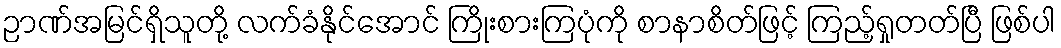
ဉာဏ်အမြင်ရှိသူတို့ လက်ခံနိုင်အောင် ကြိုးစားကြပုံကို စာနာစိတ်ဖြင့် ကြည့်ရှုတတ်ပြီ ဖြစ်ပါ